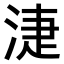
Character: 𣶏